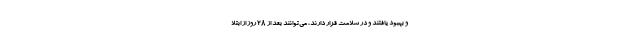
و بهبود یافتند و در سلامت قرار دارند، می‌توانند بعد از ۲۸ روز از ابتلا